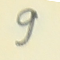
9